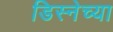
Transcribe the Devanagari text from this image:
डिस्नेच्या